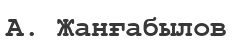
А. Жанғабылов